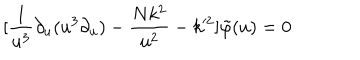
[ \frac { 1 } { u ^ { 3 } } \partial _ { u } ( u ^ { 3 } \partial _ { u } ) - \frac { N k ^ { 2 } } { u ^ { 2 } } - k ^ { 2 } ] \tilde { \varphi } ( u ) = 0